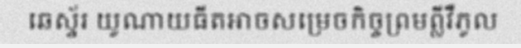
ឆេស្ទ័រ យូណាយធីតអាចសម្រេចកិច្ចព្រមព្លីវឺភូល